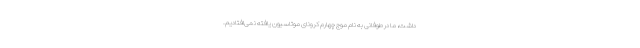
داشت، ما در طوفانی به نام موج چهارم کرونای موتاسیون یافته نمی‌افتادیم.